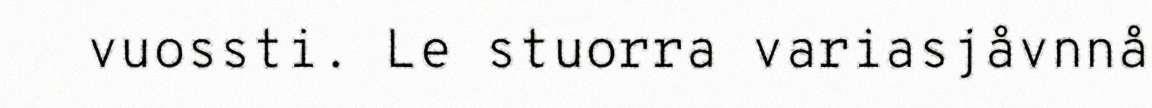
vuossti. Le stuorra variasjåvnnå